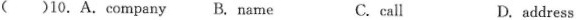
()10.A.Company B.name D.address